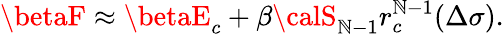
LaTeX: \betaF\approx\betaE_{c}+\beta{\calS}_{\mathbb{N}-1}r_{c}^{\mathbb{N}-1}(\Delta\sigma).